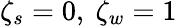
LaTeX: \zeta_{s}=0,\ \zeta_{w}=1